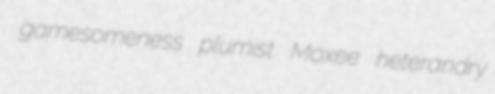
gamesomeness plumist Moxee heterandry